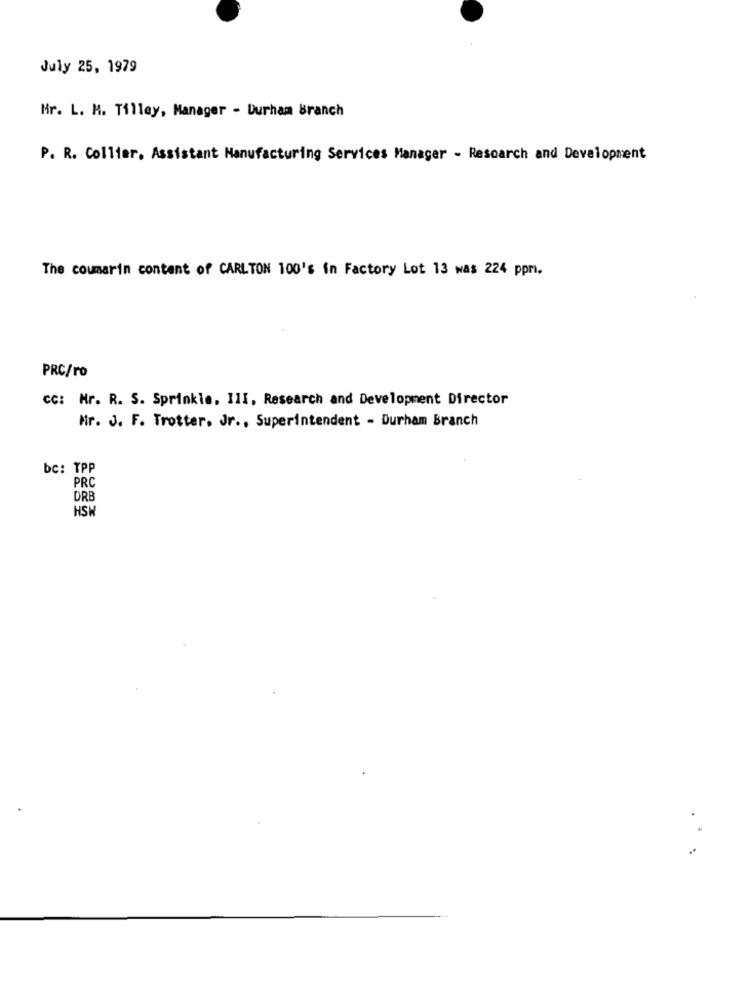
July 25, 1979
Mr. L. M. Tilley, Manager - Durham Branch
P. R. Collier. Assistant Manufacturing Services Manager - Research and Development
The coumarin content of CARLTON 100's in Factory Lot 13 was 224 ppm.
PRC/ro
CC: Mr. R. S. Sprinkle, III, Research and Development Director
Mr. J. F. Trotter. Jr ., Superintendent - Durham Branch
bc: TPP
PRC
DRB
HSW